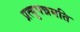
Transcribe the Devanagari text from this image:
प्रत्युपन्नमति